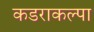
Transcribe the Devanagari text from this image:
कडराकल्पा